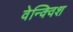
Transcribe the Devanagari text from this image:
वेन्क्विश